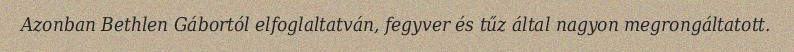
Azonban Bethlen Gábortól elfoglaltatván, fegyver és tűz által nagyon megrongáltatott.